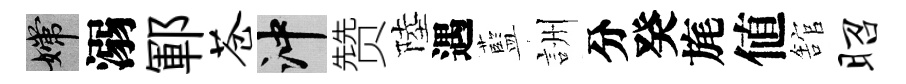
嫦溺鄆苍冲赞陸遇藍詶分癸旄値舘昭